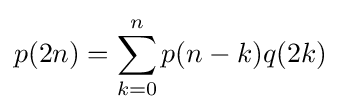
p(2n)=\sum _{k=0}^{n}p(n-k)q(2k)